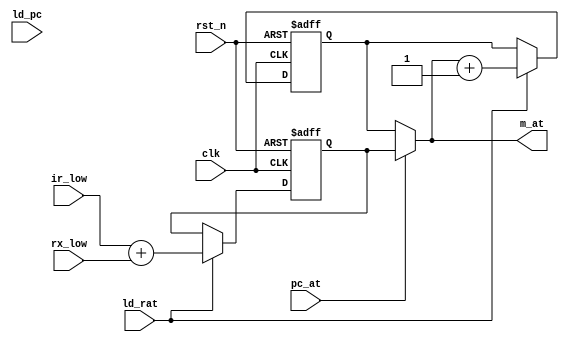
module dpth_addr (
  input  wire        clk,
  input  wire        rst_n,
  input  wire [7:0]  ir_low,
  input  wire [7:0]  rx_low,
  input  wire        ld_rat,
  input  wire        ld_pc,
  input  wire        pc_at,
  output wire [7:0]  m_at
);
  wire [7:0] low_sum;
  wire [7:0] pc_plus_one;
  reg  [7:0] rat;
  reg  [7:0] pc;
  always @(negedge rst_n, posedge clk)
  begin: p_addr_rat_update
    if (rst_n == 1'b0)
      rat <= {8{1'b0}};
    else if (ld_rat == 1'b1)
      rat <= low_sum;
  end
  always @(negedge rst_n, posedge clk)
  begin: p_addr_pc_update
    if (rst_n == 1'b0)
      pc <= {8{1'b0}};
    else if (ld_rat == 1'b1)
      pc <= pc_plus_one;
  end
  assign m_at = (pc_at == 1'b0) ? pc : rat;
  assign low_sum = ir_low + rx_low;
  assign pc_plus_one = m_at + 8'b00000001;
endmodule